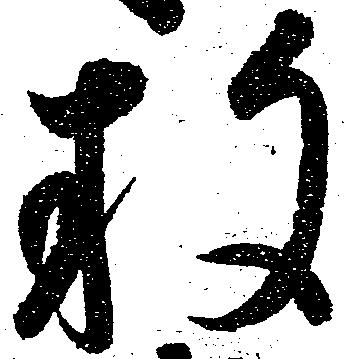
放